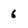
Character: 6